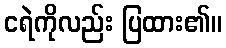
ငရဲကိုလည်း ပြထား၏။